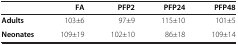
<table><thead><tr><td><b> </b></td><td><b>FA</b></td><td><b>PFP2</b></td><td><b>PFP24</b></td><td><b>PFP48</b></td></tr></thead><tbody><tr><td><b>Adults</b></td><td>103±6</td><td>97±9</td><td>115±10</td><td>101±5</td></tr><tr><td><b>Neonates</b></td><td>109±19</td><td>102±10</td><td>86±18</td><td>109±14</td></tr></tbody></table>